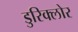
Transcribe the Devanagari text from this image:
डुरिक्लोर